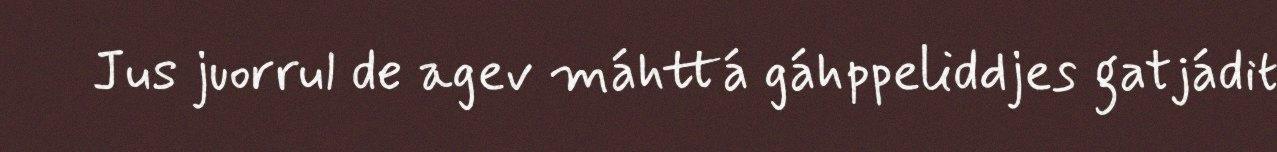
Jus juorrul de agev máhttá gáhppeliddjes gatjádit